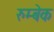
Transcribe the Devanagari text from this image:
रुम्बेक